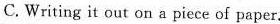
C.Writing it out on a piece of paper.